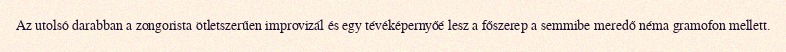
Az utolsó darabban a zongorista ötletszerűen improvizál és egy tévéképernyőé lesz a főszerep a semmibe meredő néma gramofon mellett.